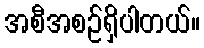
အစီအစဉ်ရှိပါတယ်။